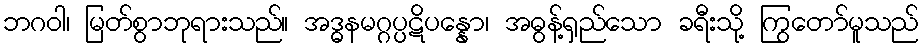
ဘဂဝါ၊ မြတ်စွာဘုရားသည်။ အဒ္ဓနမဂ္ဂပ္ပဋိပန္နော၊ အဓွန့်ရှည်သော ခရီးသို့ ကြွတော်မူသည်